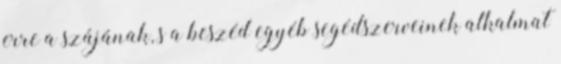
erre a szájának, s a beszéd egyéb segédszerveinek alkalmat